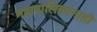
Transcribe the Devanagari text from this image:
महापालिकांनाही